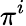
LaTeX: \pi^{i}